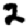
Digit: 2